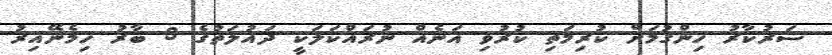
ސަރުކާރު ހިންގުމަށް ކުރިމަތި ކުރުވި އަނެއް ނުރައްކަލަކީ ދައުލަތުގެ 3 ބާރު ހިމެނޭއިރު